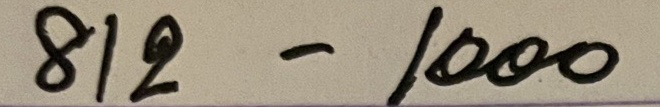
812 - 1000